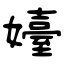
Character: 嬯